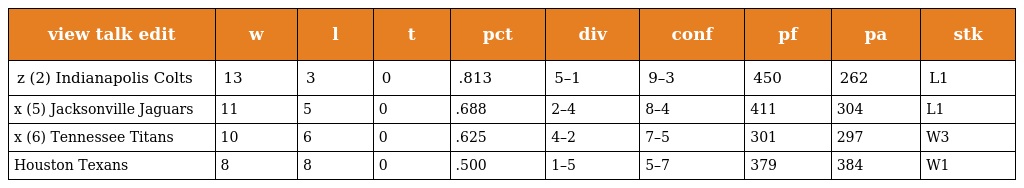
| view talk edit | w | l | t | pct | div | conf | pf | pa | stk |
 | --- | --- | --- | --- | --- | --- | --- | --- | --- | --- |
 | z (2) Indianapolis Colts | 13 | 3 | 0 | .813 | 5–1 | 9–3 | 450 | 262 | L1 |
 | x (5) Jacksonville Jaguars | 11 | 5 | 0 | .688 | 2–4 | 8–4 | 411 | 304 | L1 |
 | x (6) Tennessee Titans | 10 | 6 | 0 | .625 | 4–2 | 7–5 | 301 | 297 | W3 |
 | Houston Texans | 8 | 8 | 0 | .500 | 1–5 | 5–7 | 379 | 384 | W1 |